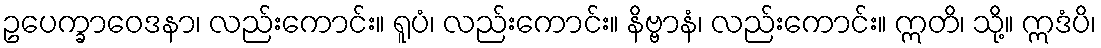
ဥပေက္ခာဝေဒနာ၊ လည်းကောင်း။ ရူပံ၊ လည်းကောင်း။ နိဗ္ဗာနံ၊ လည်းကောင်း။ ဣတိ၊ သို့။ ဣဒံပိ၊